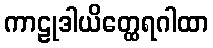
ကာဠုဒါယိတ္ထေရဂါထာ